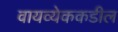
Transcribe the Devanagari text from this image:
वायव्येककडील